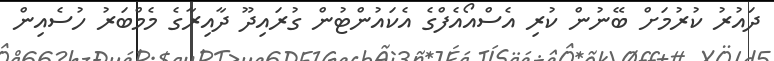
ދައުރު ކުރުމަށް ބޭނުން ކުރި އެސްއޯއެފްގެ އެކައުންޓުން ގުރައިދޫ ދާއިރާގެ މެމްބަރު ހުސެއިން